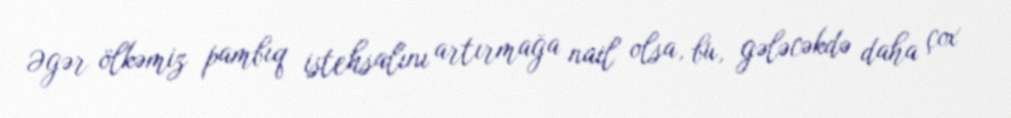
Əgər ölkəmiz pambıq istehsalını artırmağa nail olsa, bu, gələcəkdə daha çox